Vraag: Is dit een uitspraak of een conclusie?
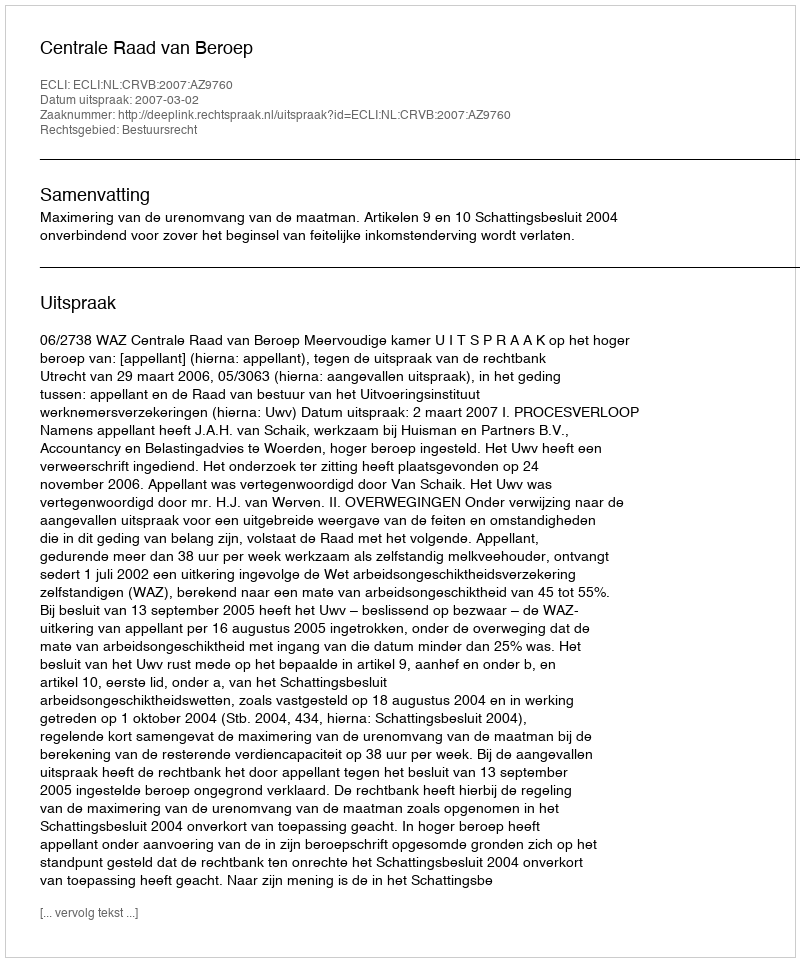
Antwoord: Uitspraak